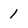
Character: 1